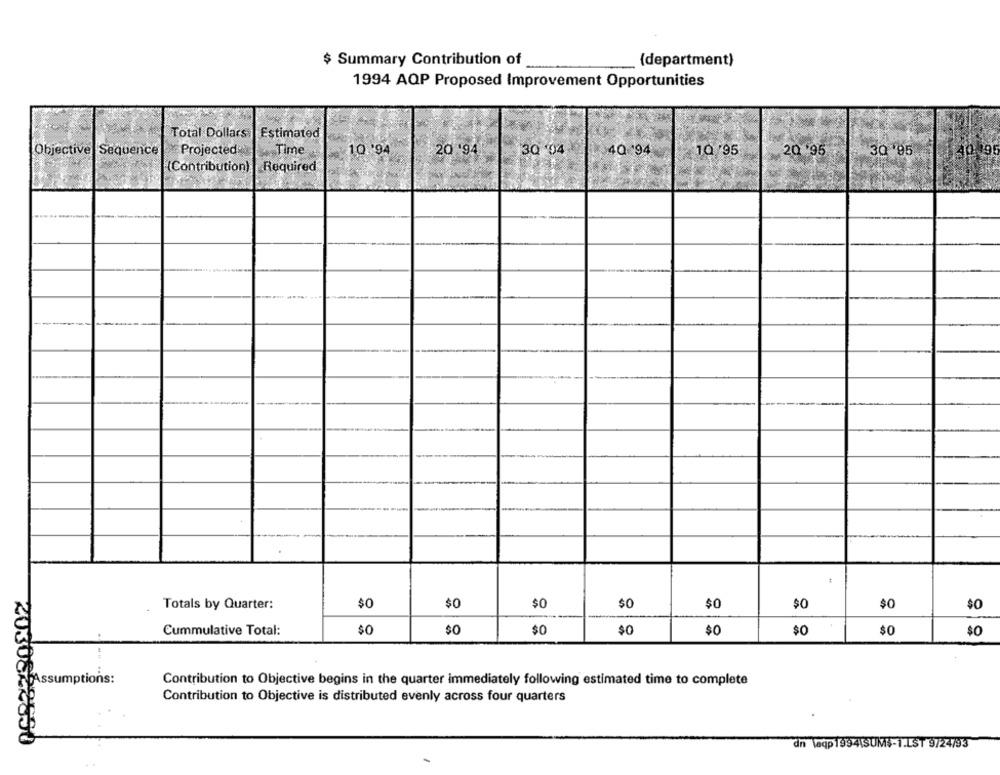
$ Summary Contribution of
{department)
-
1994 AQP Proposed Improvement Opportunities
Estimated
Total Dollars
Objective Sequence
Projected.
Time
10.'94
20 '94
13Q '04
40 94
1Q '95
20 95
3Q 95
Contribution) | Required
$0
$0
$0
$0
$0
$0
Totals by Quarter:
$0
$0
Cummulative Total:
$0
$0
$0
$0
$0
$0
$0
$0
Assumptions:
Contribution to Objective begins in the quarter immediately following estimated time to complete
Contribution to Objective is distributed evenly across four quarters
2030822650
dn laqp 1994\SUMS-1.LST 9/24/93
..